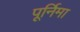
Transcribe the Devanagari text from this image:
पूर्निमा